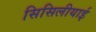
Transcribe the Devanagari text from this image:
सिसिलीयाई